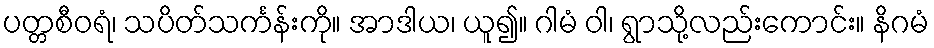
ပတ္တစီဝရံ၊ သပိတ်သင်္ကန်းကို။ အာဒါယ၊ ယူ၍။ ဂါမံ ဝါ၊ ရွာသို့လည်းကောင်း။ နိဂမံ